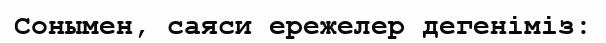
Сонымен, саяси ережелер дегеніміз: